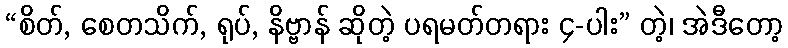
“စိတ်, စေတသိက်, ရုပ်, နိဗ္ဗာန် ဆိုတဲ့ ပရမတ်တရား ၄-ပါး” တဲ့၊ အဲဒီတော့